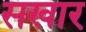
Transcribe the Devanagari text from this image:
सखार